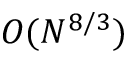
{ \cal O } ( N ^ { 8 / 3 } )